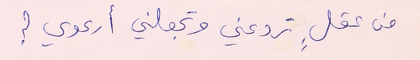
من عقلٍ تردعني وتجعلني أرعوي ؟